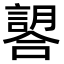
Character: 𧫈